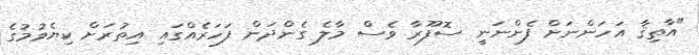
"އާތިޤާ އަހަންނަށް ފެންނަނީ ސޮފޫރާ ވެސް މާލެ ގެންދަން ފަހަރެއްގައި އިތުރަށް ކިޔެވުމުގެ